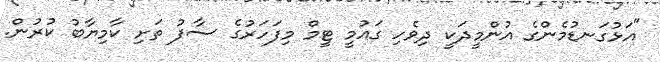
"އަޅުގަނޑުމެންގެ އުންމީދަކީ ދިވެހި ގައުމީ ޓީމް މިފަހަރުގެ ސާފު ތަށި ކާމިޔާބު ކުރުން.